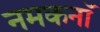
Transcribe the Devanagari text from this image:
नमकनॉ